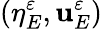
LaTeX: (\eta_{E}^{\varepsilon},\mathbf{u}_{E}^{\varepsilon})